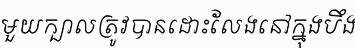
មួយក្បាលត្រូវបានដោះលែងនៅក្នុងបឹង